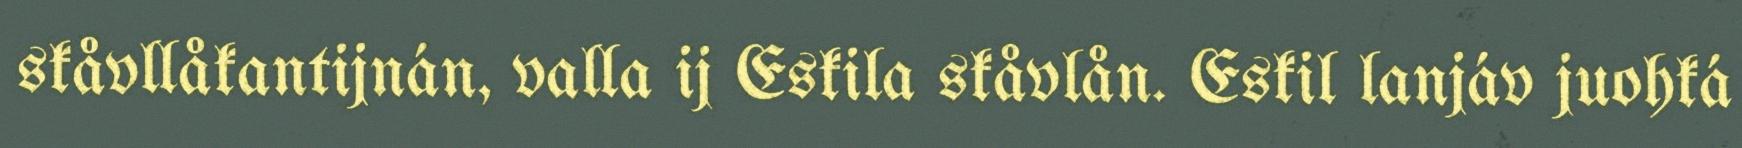
skåvllåkantijnán, valla ij Eskila skåvlån. Eskil lanjáv juohká